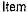
ITEM